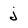
Character: j